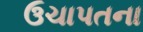
ઉચાપતના